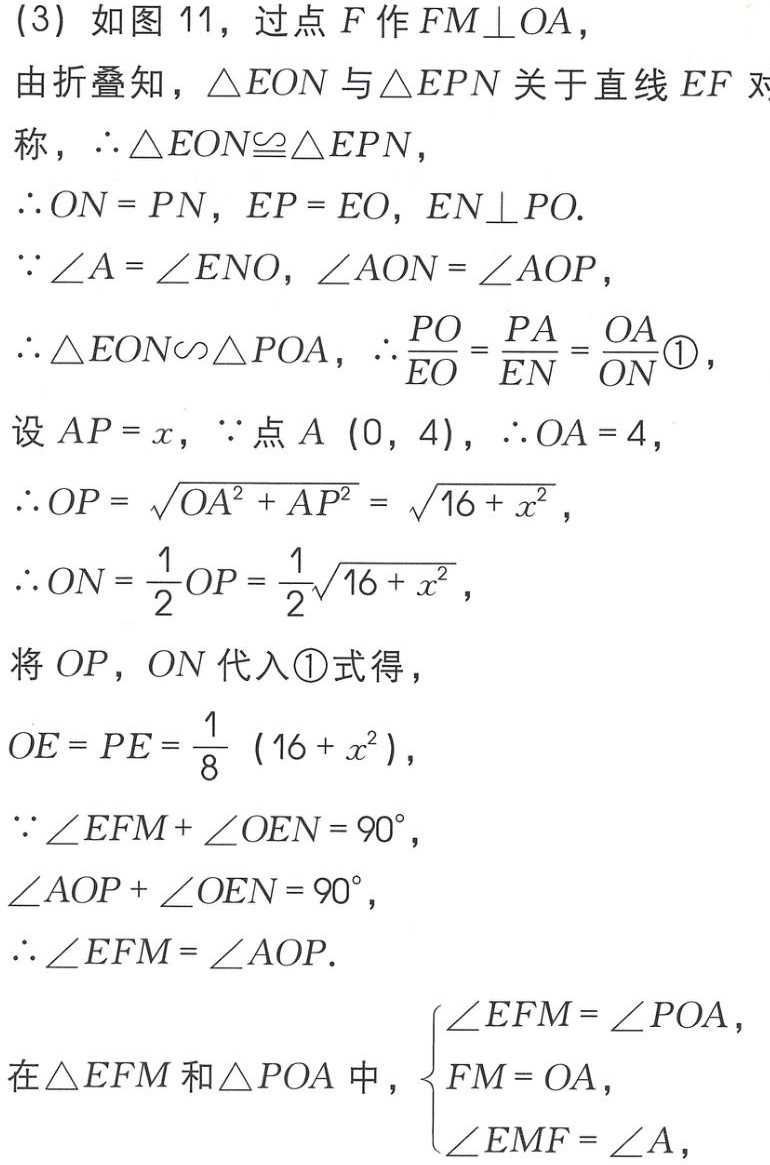
(3) 如图 11，过点 \(F\) 作 \(FM\perp OA\)，
由折叠知，\(\triangle EON\) 与 \(\triangle EPN\) 关于直线 \(EF\) 对称，\(\therefore\triangle EON\cong\triangle EPN\)，
\(\therefore ON = PN\)，\(EP = EO\)，\(EN\perp PO\).
\(\because\angle A=\angle ENO\)，\(\angle AON=\angle AOP\)，
\(\therefore\triangle EON\sim\triangle POA\)，\(\therefore\frac{PO}{EO}=\frac{PA}{EN}=\frac{OA}{ON}\textcircled{1}\)，
设 \(AP = x\)，\(\because\) 点 \(A\ (0,4)\)，\(\therefore OA = 4\)，
\(\therefore OP=\sqrt{OA^{2}+AP^{2}}=\sqrt{16 + x^{2}}\)，
\(\therefore ON=\frac{1}{2}OP=\frac{1}{2}\sqrt{16 + x^{2}}\)，
将 \(OP\)，\(ON\) 代入 \(\textcircled{1}\) 式得，
\(OE = PE=\frac{1}{8}(16 + x^{2})\)，
\(\because\angle EFM+\angle OEN = 90^{\circ}\)，
\(\angle AOP+\angle OEN = 90^{\circ}\)，
\(\therefore\angle EFM=\angle AOP\).
在 \(\triangle EFM\) 和 \(\triangle POA\) 中，\(\begin{cases}\angle EFM=\angle POA,\\FM = OA,\\\angle EMF=\angle A,\end{cases}\)